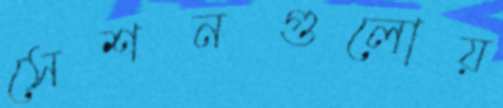
সেশনগুলোয়